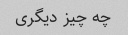
چه چیز دیگری